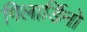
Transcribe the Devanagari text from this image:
गिलार्डिनो